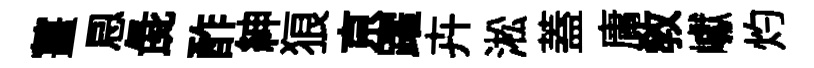
薑㤙彘酢紳狼亰躍卉淞蓋庸教巘灼